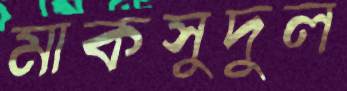
মাকসুদুল